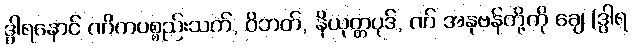
ဒွါရနောင် ဏိကပစ္စည်းသက်, ဝိဘတ်, နိယုတ္တပုဒ်, ဏ် အနုဗန်တို့ကို ချေ (ဒွါရ